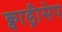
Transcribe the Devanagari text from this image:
क्वाड्रीसेप